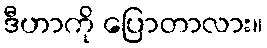
ဒီဟာကို ပြောတာလား။